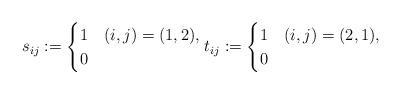
LaTeX: \begin{align*} s_{ij} := \begin{cases} 1 & (i,j)=(1,2), \\ 0 & \end{cases} t_{ij} := \begin{cases} 1 & (i,j)=(2,1), \\ 0 & \end{cases}\end{align*}